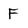
Character: F